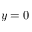
y = 0